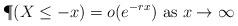
LaTeX: \begin{align*}\P(X\leq -x)=o(e^{-r x})\mbox{ as }x\to\infty\end{align*}